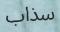
سذاب